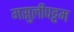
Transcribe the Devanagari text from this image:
मसुलीपट्टम